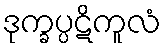
ဒုက္ခပ္ပဋိကူလံ